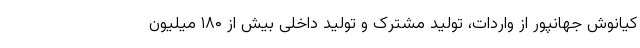
کیانوش جهانپور از واردات، تولید مشترک و تولید داخلی بیش از ۱۸۰ میلیون